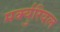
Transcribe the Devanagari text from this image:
मर्क्युरियल